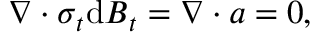
\boldsymbol { \nabla } \boldsymbol { \cdot } \boldsymbol { \sigma } _ { t } \mathrm { d } \boldsymbol { B } _ { t } = \boldsymbol { \nabla } \boldsymbol { \cdot } \boldsymbol { a } = 0 ,